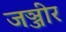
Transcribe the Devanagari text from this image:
जञ्जीर